Scottish Leaving Certificate Examination, 1958
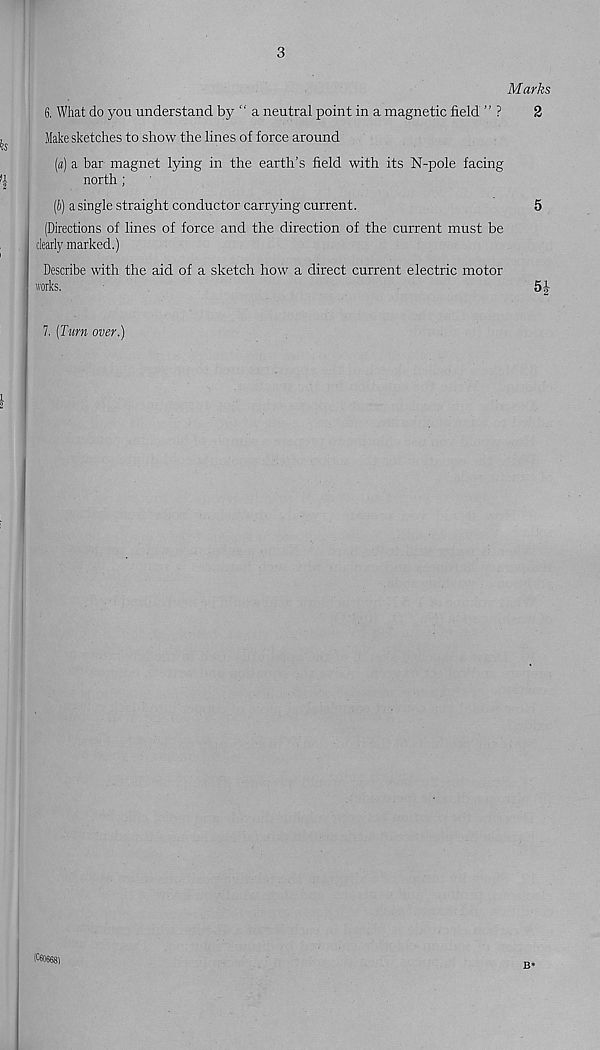
3
Marks
6. What do you understand by “ a neutral point in a magnetic field ” ?
2
Make sketches to show the lines of force around
(a) a bar magnet lying in the earth’s field with its N-pole facing
north ;
(h) a single straight conductor carrying current.
5
(Directions of lines of force and the direction of the current must be
clearly marked.)
Describe with the aid of a sketch how a direct current electric motor
works.
5|-
7. [Turn over.)
B*